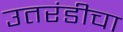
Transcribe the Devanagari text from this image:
उतरंडीचा